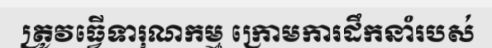
ត្រូវធ្វើទារុណកម្ម ក្រោមការដឹកនាំរបស់